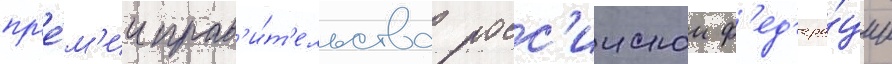
пр'е́м'ии прав'и́т'ельства росс'иискои ф'ед'ера́ции